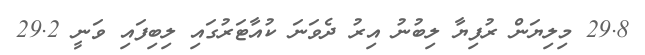
29.8 މިލިޔަން ރުފިޔާ ލިބުނު އިރު ދެވަނަ ކުއާޓަރުގައި ލިބިފައި ވަނީ 29.2